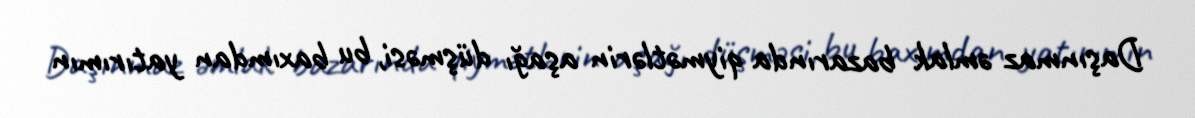
Daşınmaz əmlak bazarında qiymətlərin aşağı düşməsi, bu baxımdan yatırımın